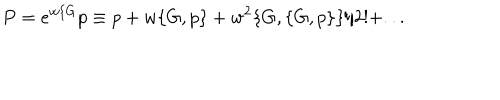
P = e ^ { w \{ G } p \equiv p + w \{ G , p \} + w ^ { 2 } \{ G , \{ G , p \} \} / 2 ! + . . .